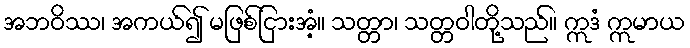
အဘဝိဿ၊ အကယ်၍ မဖြစ်ငြားအံ့။ သတ္တာ၊ သတ္တဝါတို့သည်။ ဣဒံ ဣမာယ